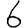
Digit: 6